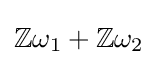
\mathbb {Z} \omega _{1}+\mathbb {Z} \omega _{2}